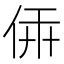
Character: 𠉔